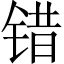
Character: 错